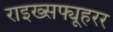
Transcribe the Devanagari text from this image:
राइख्सफ्यूहरर